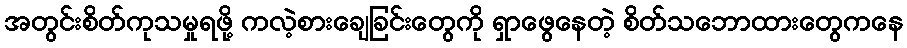
အတွင်းစိတ်ကုသမှုရဖို့ ကလဲ့စားချေခြင်းတွေကို ရှာဖွေနေတဲ့ စိတ်သဘောထားတွေကနေ